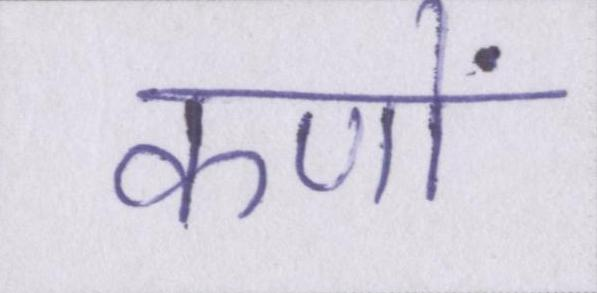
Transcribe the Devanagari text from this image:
कणों